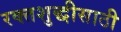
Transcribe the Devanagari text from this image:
रक्तशुद्धीसाठी